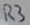
Text: R3